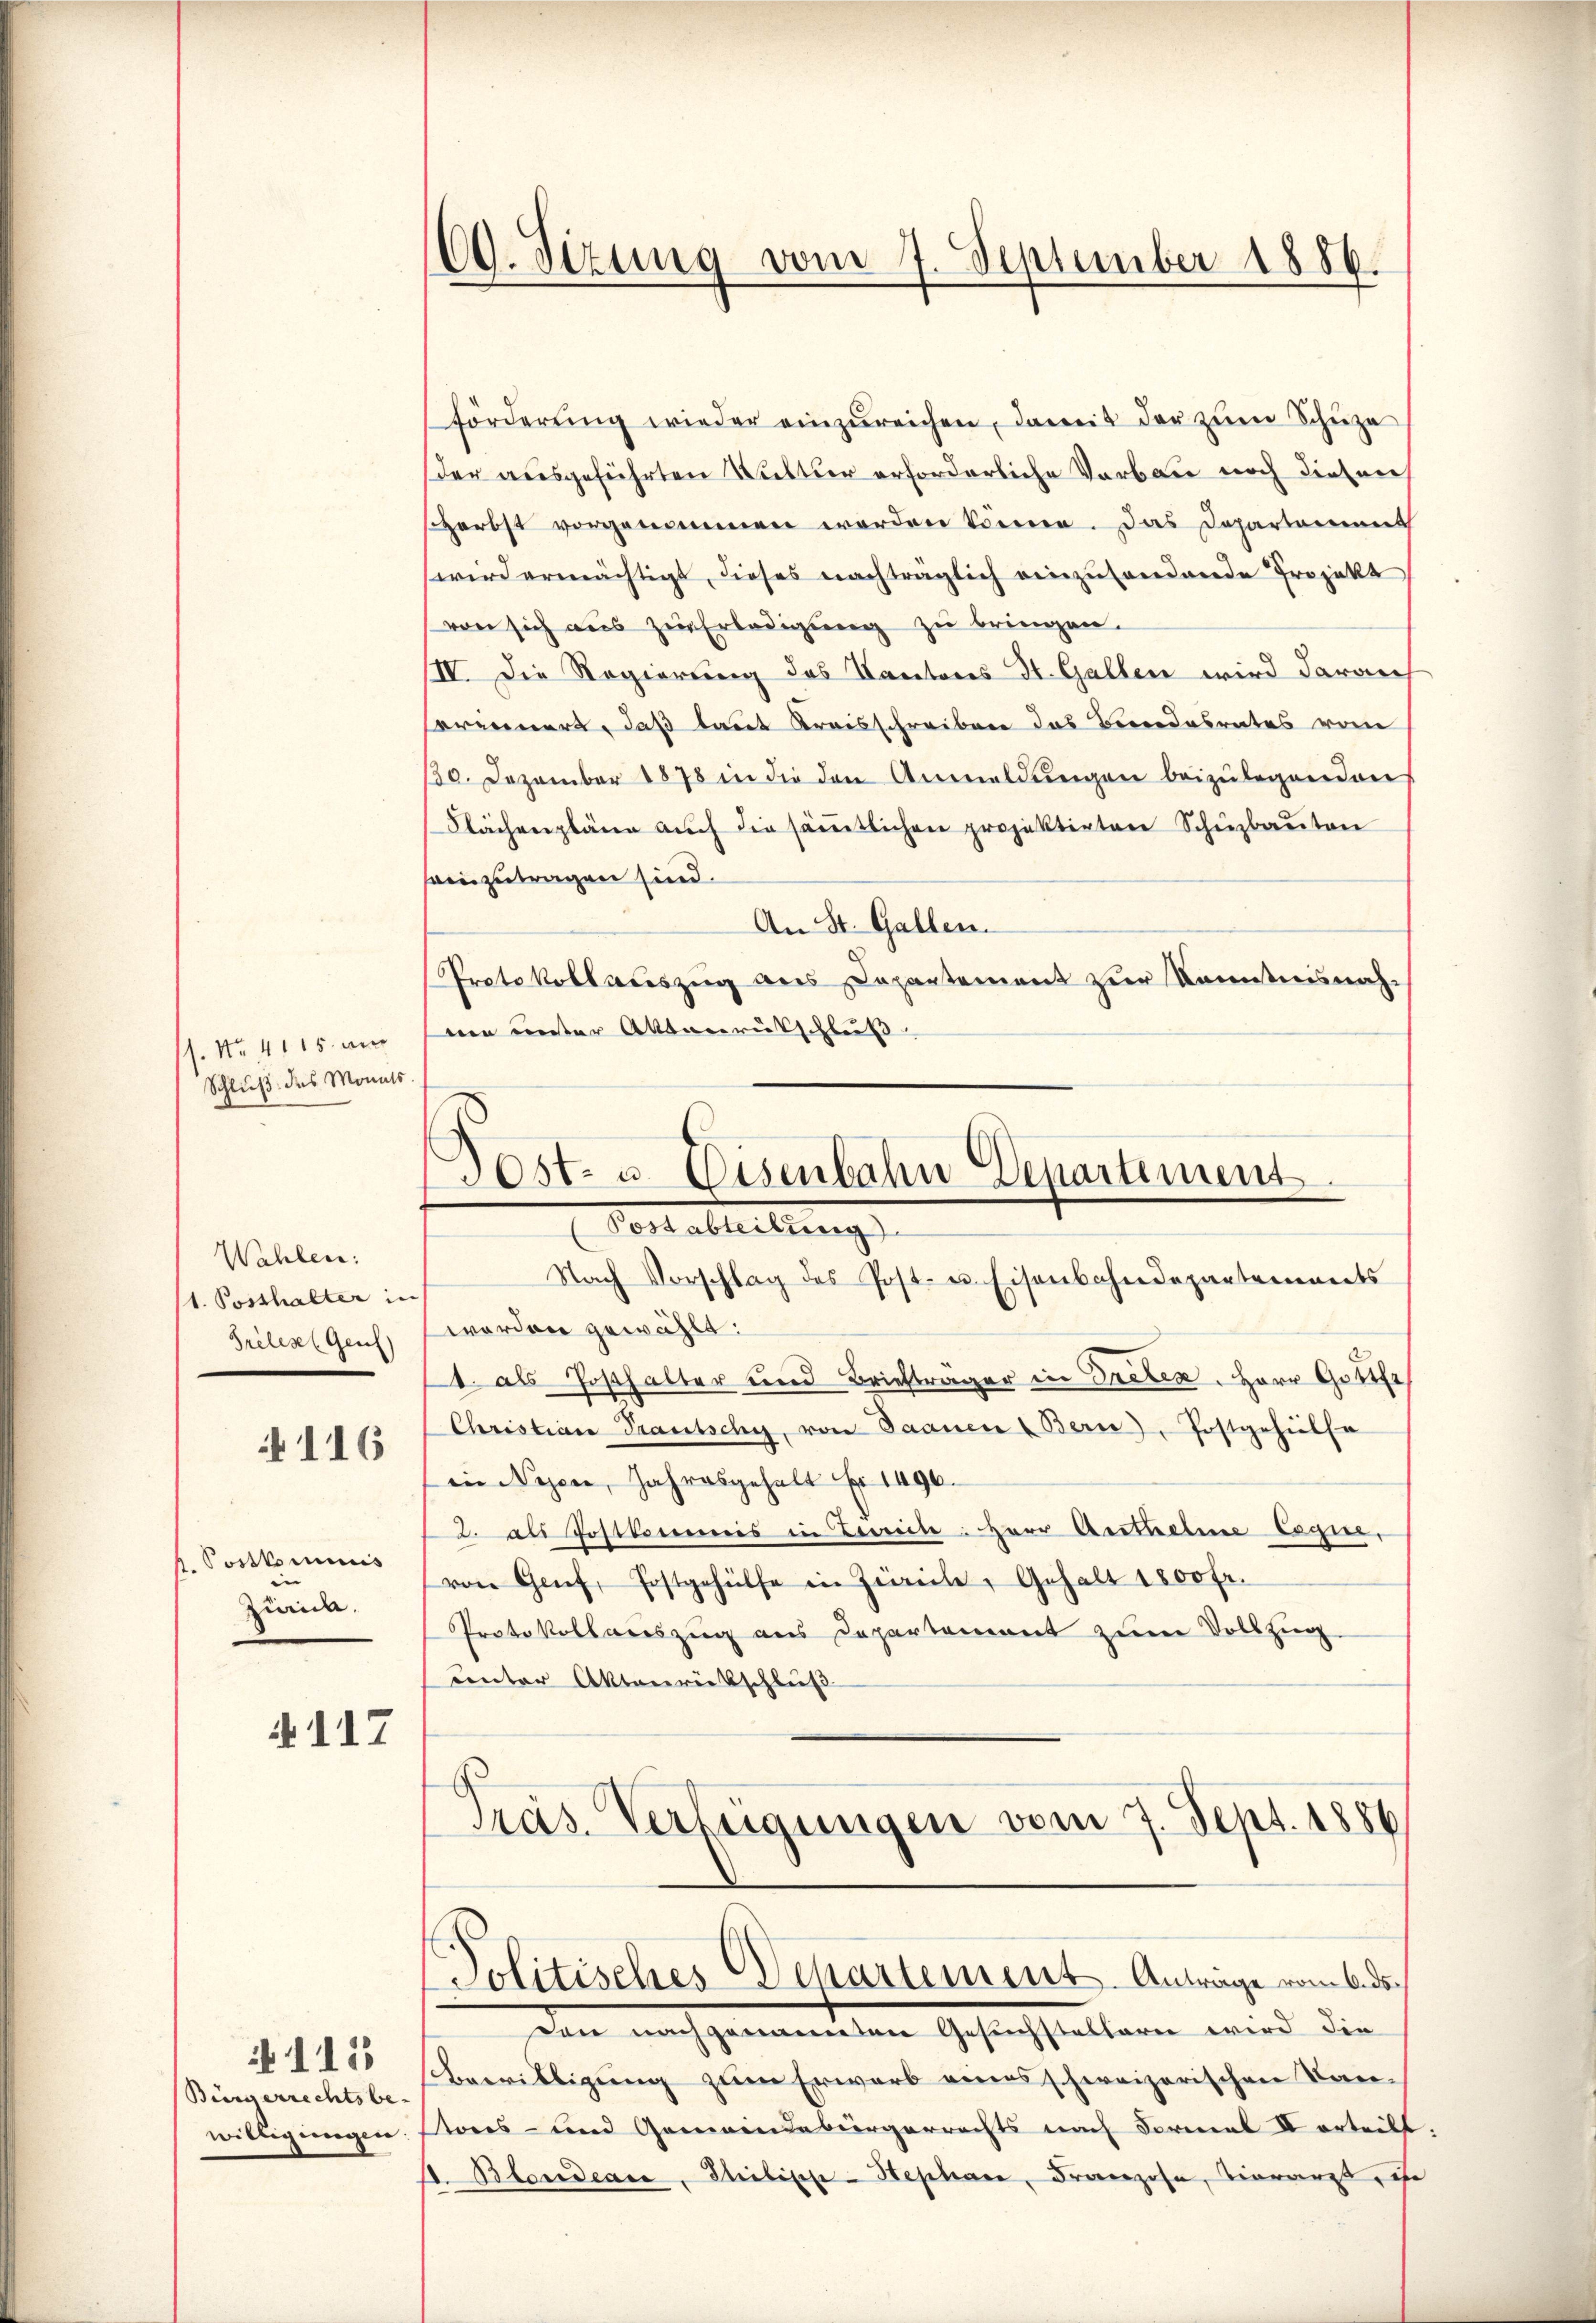
1. No. 4115. an
Schluß des Monats.

Wahlen:
1. Posthalter in
Grèlesen Genf)

116

1. Postkommis
Zürich.

§117

115
Bürgerrechtsbe-
willigungen.

förderŭng wieder einzŭreichen, damit der zum Schüze
der ausgeführten Rutter erforderliche Verbau noch diesen
Herbst vorgenommen worden könne. Das Departement
wird ermächtigt, dieses nachträglich einzŭsendende Projekt
von sich aŭs zŭr Erledigung zu bringen.
III. Die Regierung des Kantons St. Gallen wird darauf
serinnert, daß laut Kreisschreiben das Beendesrates vom
30. Dezember 1878 in die den Anmeldŭngen beizŭlegenden
Flächenpläne auch die sämtlichen projektirten Schüzbauten
seinzutragen sind.
An St. Gallen.
Protokollauszug aus Departement zur Kenntnisnah-
nen unter Aktenrutschluß

60. Sizung vom 7. September 1886.

Dost- u. Eisenbahn Departement
Mottableibung

Nach Vorschlag des Post- u. Eisenbahndepartements
worden gewählt:
1. als Posthalter und Briefträger in Treten. Herr Gotte
Christian Trautschy, von Saanen Bern), Postgehülfe
in Nesen, Jahresgehalt Er 1490.
2. als Postkommis in Leviele: Herr Antheilen logie,
von Grief, Postgehülfe in Zürich, Gehalt 1800 fr.
Protokollauszug aus Departement zŭm Vollzug.
unter Aktenrietschluß
Präs. Verfügungen vom 7. Sept. 1886
Politisches Departement. Anträge vom 6. ds.
den nach genannten Gesuchstellern wird die
Bewilligung zum Erwarb eines schweizerischen Kantores - und Gemeindebürgerrechts nach Dorial IV erteilt
A. Blondeare, Stilische Hephan, Franzose, vierarzt, ist

.